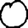
Digit: 0